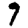
Digit: 7